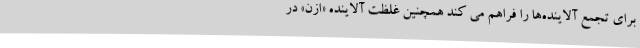
برای تجمع آلاینده‌ها را فراهم می کند همچنین غلظت آلاینده «ازن» در